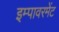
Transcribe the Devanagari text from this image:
इम्पावरमेंट